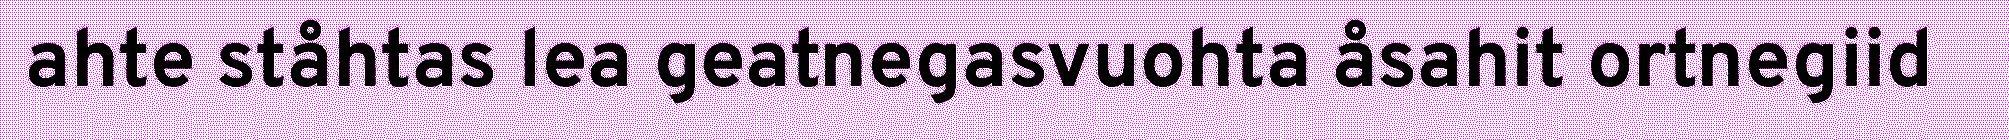
ahte ståhtas lea geatnegasvuohta åsahit ortnegiid